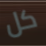
كل